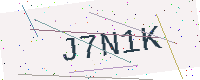
Text: J7N1K